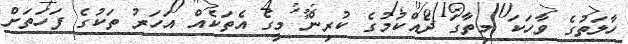
ހާލަތުގެ ވާހަކަ މިތާގަ ދެއްކުމުގެ ކުރިން މީގެ އެތަކެއް އަހަރު ތަކުގެ ފަހަތަށް